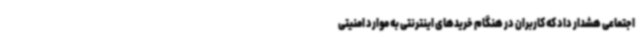
اجتماعی هشدار داد که کاربران در هنگام خریدهای اینترنتی به موارد امنیتی